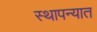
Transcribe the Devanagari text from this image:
स्थापन्यात